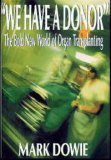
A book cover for "We Have a Donor": The Bold New World of Organ Transplanting; Mark Dowie; Health, Fitness & Dieting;